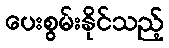
ပေးစွမ်းနိုင်သည့်